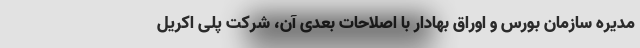
مدیره سازمان بورس و اوراق بهادار با اصلاحات بعدی آن، شرکت پلی اکریل